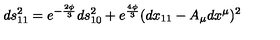
d s _ { 1 1 } ^ { 2 } = e ^ { - { \frac { 2 \phi } { 3 } } } d s _ { 1 0 } ^ { 2 } + e ^ { \frac { 4 \phi } { 3 } } ( d x _ { 1 1 } - A _ { \mu } d x ^ { \mu } ) ^ { 2 }